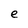
Character: e